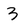
Character: 3